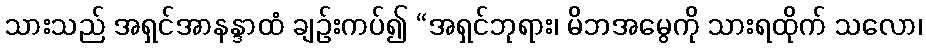
သားသည် အရှင်အာနန္ဒာထံ ချဉ်းကပ်၍ “အရှင်ဘုရား၊ မိဘအမွေကို သားရထိုက် သလော၊